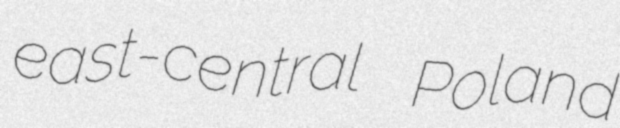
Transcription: east-central Poland